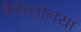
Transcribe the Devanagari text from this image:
बेबीलोनया